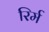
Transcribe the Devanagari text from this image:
रिर्म